Investigations into the jail dietaries of the United Provinces with some observations on the influence of dietary on the physical development and well-being of the people of the United Provinces - Number 48
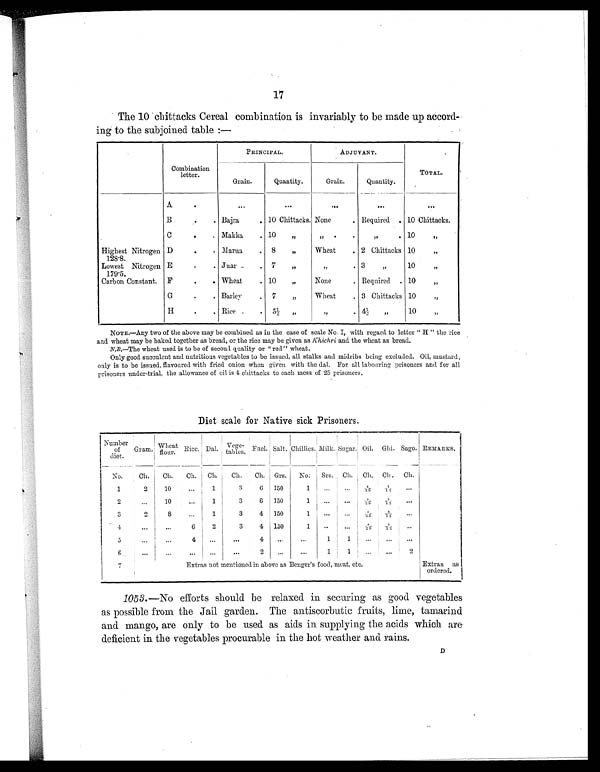
17
The 10 chittacks Cereal combination is invariably to be made up accord-
ing to the subjoined table :—
Combination
letter.
PRINCIPAL.
ADJUVANT.
TOTAL.
Grain.
Quantity.
Grain.
Quantity.
A
.
...
. . .
. . .
. . .
. . .
B
.
. Bajra
. 10 Chittacks. None
. Required . 10 Chittacks.
C
.
. Makka
. 10 „
„
.
.
„ . 10 „
Highest Nitrogen
128.8.
D
.
. Marua
. 8 „
Wheat
. 2 Chittacks 10 „
Lowest Nitrogen
179.5.
E
.
. Juar .
. 7 „
,,
. 3 „
10 „
Carbon Constant.
F
.
. Wheat
. 10 „
None
. Required . 10 „
G
. . Barley
. 7 „
Wheat
. 3 Chittacks 10 „
H
. . Rice .
. 5½ „
„
. 4½ „
10 „
NOTE.—Any two of the above may be combined as in the case of scale No. I, with regard to letter " H " the rice
and wheat may be baked together as bread, or the rice may be given as Khichri and the wheat as bread.
N.B.—The wheat used is to be of second quality or "red" wheat.
Only good succulent and nutritious vegetables to be issued, all stalks and midribs being excluded. Oil, mustard,
only is to be issued, flavoured with fried onion when given with the dal. For all labouring prisoners and for all
prisoners under-trial, the allowance of oil is 4 chittacks to each mess of 25 prisoners.
Diet scale for Native sick Prisoners.
Number
of
diet.
Gram. Wheat
flour. Rice. Dal. Vege-
tables. Fuel. Salt. Chillies. Milk. Sugar. Oil. Ghi. Sago. REMARKS.
No.
Ch.
Ch.
Ch. Ch.
Ch.
Ch. Grs. No. Srs. Ch. Ch. Ch. Ch.
1
2
10
. . . 1
3
6 150
1
. . .
. . .
4 / 2 5
1 / 1 2
. . .
2
...
10
...
1
3
6 150
1
. . .
. . .
4 / 2 5
1 / 1 2
. . .
3
2
8
...
1
3
4 150
1
. . .
. . .
4 / 2 5
1 / 1 2
. . .
4
...
...
6
2
3
4 150
1
. .
. . .
4 / 2 5
1/ 12
. . .
5
...
...
4
...
. . .
4
...
...
1
1
. . .
. . .
. . .
6
...
...
. . .
. . .
...
2
...
...
1
1
...
...
2
7
Extras not mentioned in above as Benger's food, meat, etc.
Extras as
ordered.
1053. —No efforts should be relaxed in securing as good vegetables
as possible from the Jail garden. The antiscorbutic fruits, lime, tamarind
and mango, are only to be used as aids in supplying the acids which are
deficient in the vegetables procurable in the hot weather and rains.